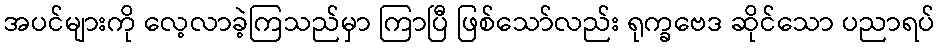
အပင်များကို လေ့လာခဲ့ကြသည်မှာ ကြာပြီ ဖြစ်သော်လည်း ရုက္ခဗေဒ ဆိုင်သော ပညာရပ်